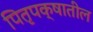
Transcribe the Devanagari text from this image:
पितृपक्षातील